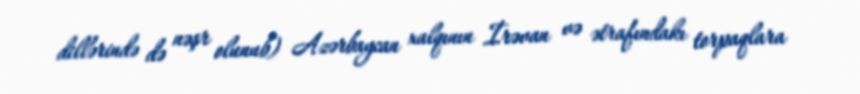
dillərində də nəşr olunub) Azərbaycan xalqının İrəvan və ətrafındakı torpaqlara